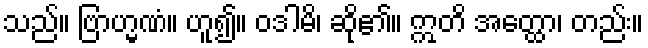
သည်။ ဗြာဟ္မဏံ။ ဟူ၍။ ဝဒါမိ၊ ဆို၏။ ဣတိ အတ္ထော၊ တည်း။